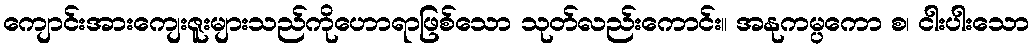
ကျောင်းအားကျေးဇူးများသည်ကိုဟောရာဖြစ်သော သုတ်လည်းကောင်း။ အနုကမ္ပကော စ၊ ငါးပါးသော